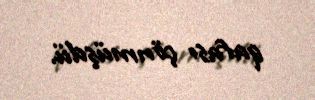
qafası çönmüşdü.